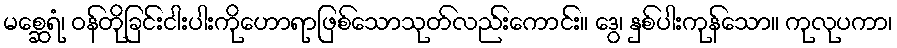
မစ္ဆေရံ၊ ဝန်တိုခြင်းငါးပါးကိုဟောရာဖြစ်သောသုတ်လည်းကောင်း။ ဒွေ၊ နှစ်ပါးကုန်သော။ ကုလုပကာ၊